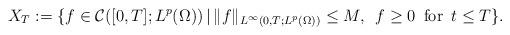
LaTeX: \begin{align*}X_{T}:=\{f\in\mathcal{C}([0,T];L^{p}(\Omega))\,|\, \|f\|_{L^{\infty}(0,T;L^{p}(\Omega))}\le M,\,\,\,f\ge0 \,\mbox{ for }\,t\le T\}.\end{align*}